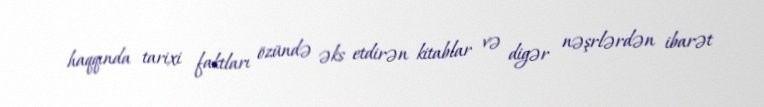
haqqında tarixi faktları özündə əks etdirən kitablar və digər nəşrlərdən ibarət